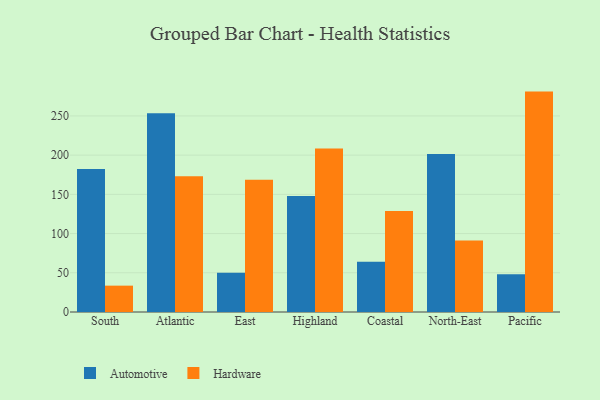
{"axis": {"x": "Region", "y": "Backlog"}, "legend": ["Automotive", "Hardware"], "data": [{"x": "South", "y": 182.2, "type": "Automotive"}, {"x": "South", "y": 33.6, "type": "Hardware"}, {"x": "Atlantic", "y": 253.5, "type": "Automotive"}, {"x": "Atlantic", "y": 173.2, "type": "Hardware"}, {"x": "East", "y": 50.1, "type": "Automotive"}, {"x": "East", "y": 168.7, "type": "Hardware"}, {"x": "Highland", "y": 148.0, "type": "Automotive"}, {"x": "Highland", "y": 208.6, "type": "Hardware"}, {"x": "Coastal", "y": 64.1, "type": "Automotive"}, {"x": "Coastal", "y": 128.8, "type": "Hardware"}, {"x": "North-East", "y": 201.6, "type": "Automotive"}, {"x": "North-East", "y": 91.0, "type": "Hardware"}, {"x": "Pacific", "y": 48.1, "type": "Automotive"}, {"x": "Pacific", "y": 281.0, "type": "Hardware"}]}